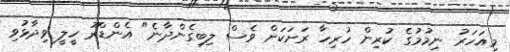
މިއަހަރު ނިމުމުގެ ކުރިން ހުރިހާ ރަށަކަށް ވެސް ލިބިގެންދާނެ" އެންޑްރޫ ހީލީ ވިދާޅުވި